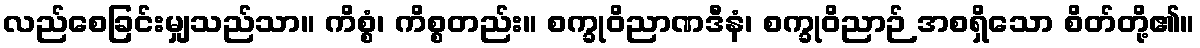
လည်စေခြင်းမျှသည်သာ။ ကိစ္စံ၊ ကိစ္စတည်း။ စက္ခုဝိညာဏဒီနံ၊ စက္ခုဝိညာဉ် အစရှိသော စိတ်တို့၏။